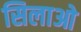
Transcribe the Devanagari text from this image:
सिलाओ